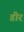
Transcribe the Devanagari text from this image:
डीर